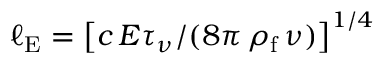
\ell _ { \mathrm { E } } = \left[ c \, E \tau _ { \nu } / ( 8 \pi \, \rho _ { \mathrm { f } } \, \nu ) \right] ^ { 1 / 4 }